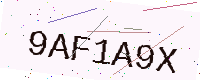
Text: 9AF1A9X